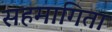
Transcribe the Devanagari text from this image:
सहमागिता